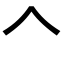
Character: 𠆢